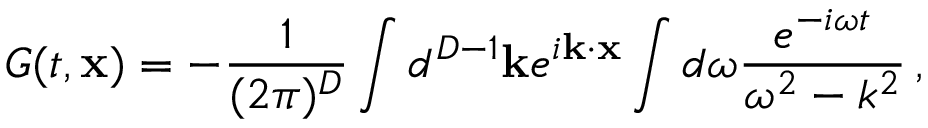
G ( t , { \bf x } ) = - \frac { 1 } { ( 2 \pi ) ^ { D } } \int d ^ { D - 1 } { \bf k } e ^ { i { \bf k } \cdot { \bf x } } \int d \omega \frac { e ^ { - i \omega t } } { \omega ^ { 2 } - k ^ { 2 } } \, ,